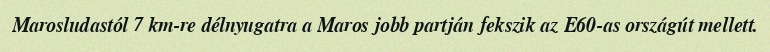
Marosludastól 7 km-re délnyugatra a Maros jobb partján fekszik az E60-as országút mellett.